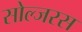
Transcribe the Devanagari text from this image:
सोल्जरस